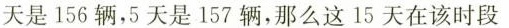
天是156辆，5天是157辆，那么这15天在该时段